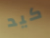
كيد